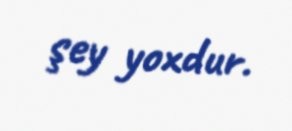
şey yoxdur.